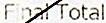
FINAL TOTAL